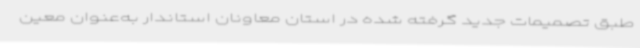
طبق تصمیمات جدید گرفته شده در استان معاونان استاندار به‌عنوان معین